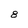
Character: 8